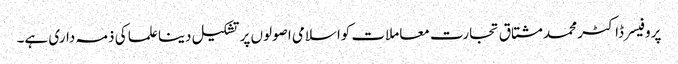
پروفیسر ڈاکٹر محمد مشتاق تجارت معاملات کواسلامی اصولوں پر تشکیل دینا علما کی ذمہ داری ہے۔